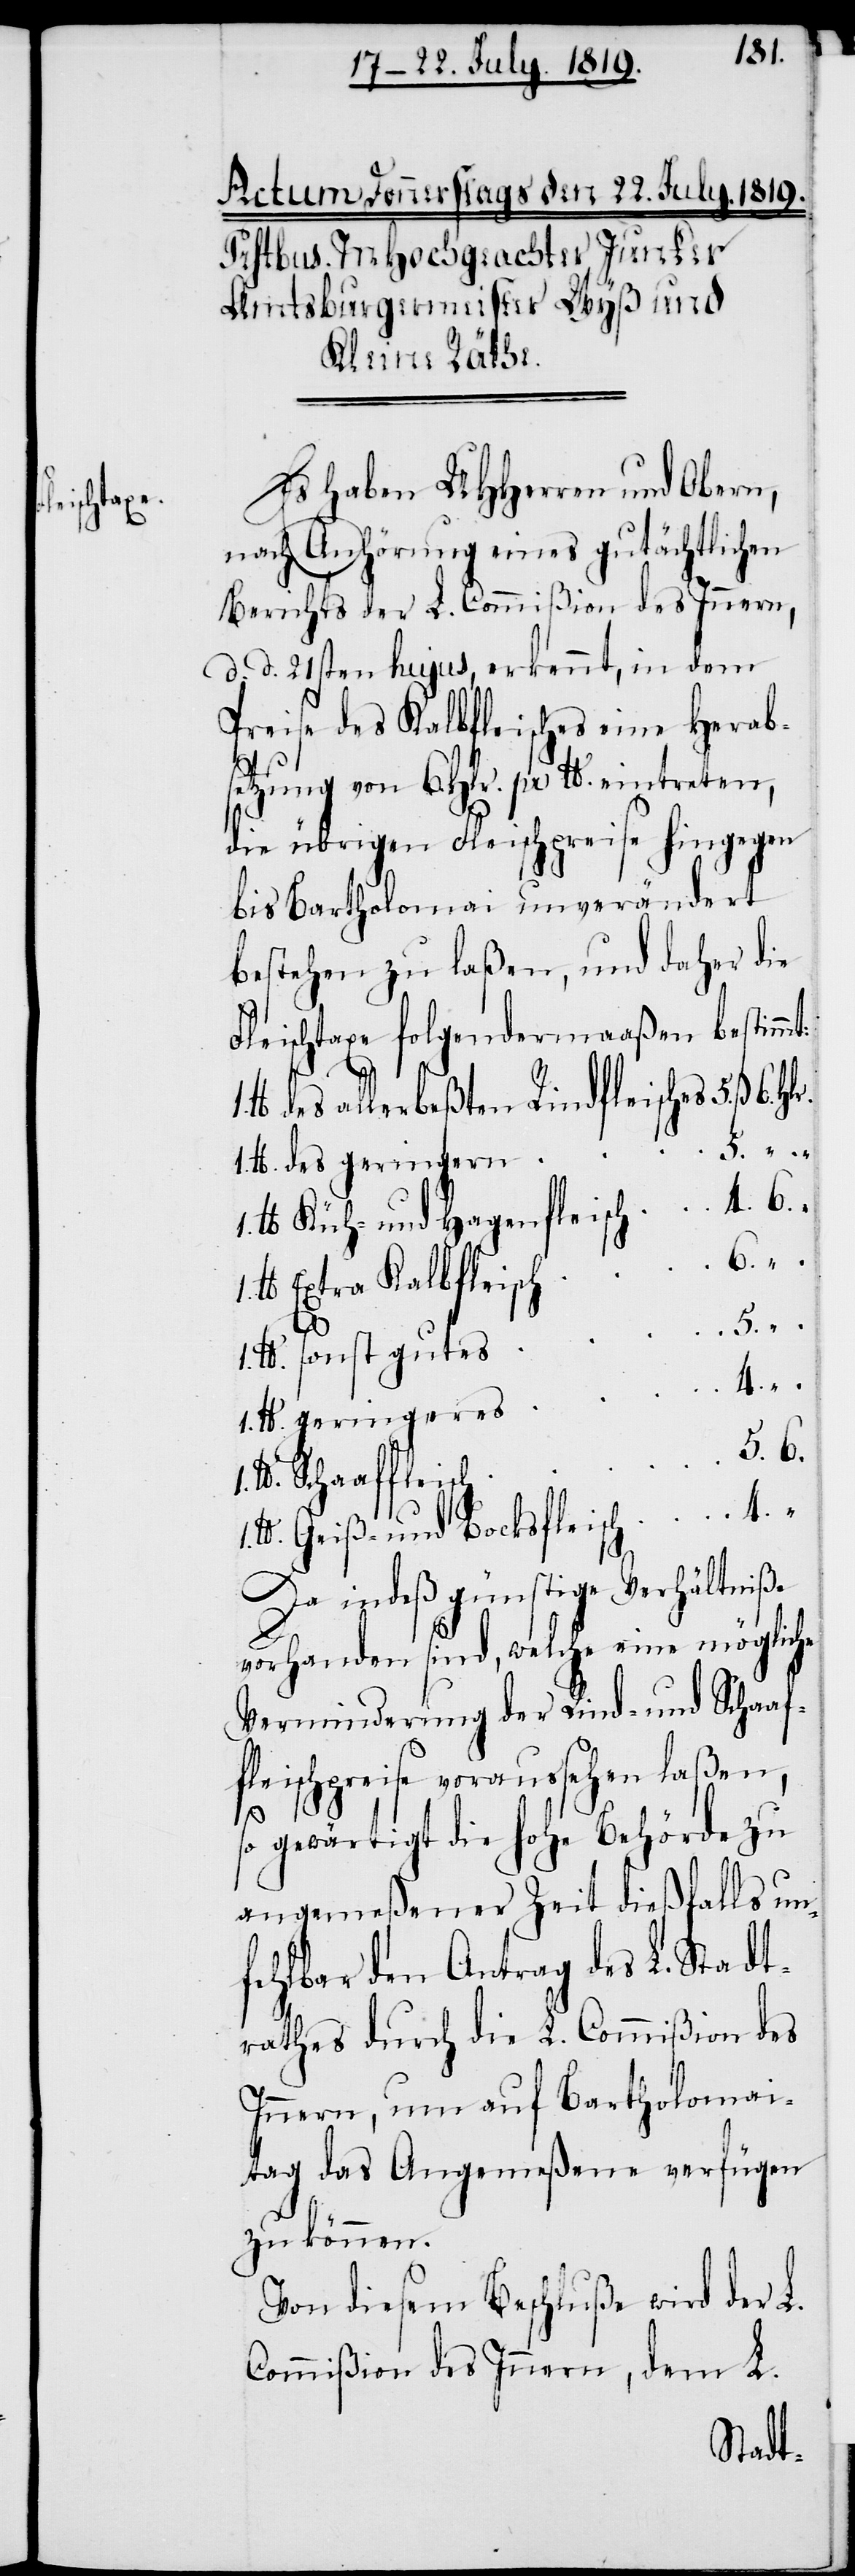
Es haben UHHerren und Obern,
nach Anhörung eines gutächtlichen
Berichts der L. Commißion des Innern,
d. d. 21sten hujus, erkennt, in dem
Preise des Kalbfleisches eine Herab¬
setzung von 6. Hlr. pr lb. eintreten,
die übrigen Fleischpreise hingegen
bis Bartholomai unverändert
bestehen zu laßen, und daher die
Fleischtaxe folgendermaaßen bestimmt:
h	4.
lb des allerbeßten Rindfleisches 	5. ß
h	6.
.
1. lb. des geringern
lb Küh- und Hagenfleisch	4. 6.
lb Extra Kalbfleisc¬
1. lb. sonst gute¬
1. lb. geringeres
lb. Geiß- und Bocksfleisc¬
Da indeß günstige Verhältniße
vorhanden sind, welche eine mögliche
Verminderung der Rind- und Schaaf¬
fleischpreise voraussehen laßen,
so gewärtigt die hohe Behörde zu
angemeßener Zeit dießfalls un¬
fehlbar den Antrag des L. Stadt¬
rathes durch die L. Commißion des
Innern, um auf Bartholomai¬
tag das Angemeßene verfügen
zu können.
Von diesem Beschluße wird der L.
Commißion des Innern, dem L.